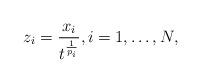
LaTeX: \begin{align*}z_i= \frac{x_i}{t^\frac{1}{p_i}},i=1,\dots,N,\end{align*}